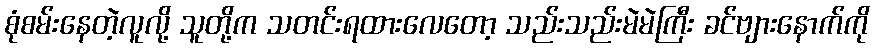
စုံစမ်းနေတဲ့လူလို့ သူတို့က သတင်းရထားလေတော့ သည်းသည်းမဲမဲကြီး ခင်ဗျားနောက်ကို